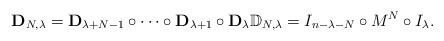
LaTeX: \begin{gather*}{\mathbf D}_{N,\lambda} = {\mathbf D}_{\lambda+N-1}\circ \cdots \circ {\mathbf D}_{\lambda+1}\circ {\mathbf D}_{\lambda}{\mathbb D}_{N,\lambda} = I_{n-\lambda-N}\circ M^N\circ I_\lambda.\end{gather*}